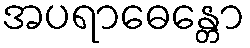
အပရာဓေန္တော